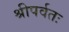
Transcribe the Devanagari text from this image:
श्रीपर्वतः